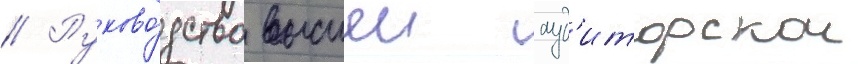
// Руково́дство высшеи ауд'иторскои